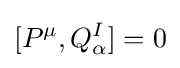
[P^{\mu },Q_{\alpha }^{I}]=0